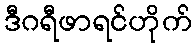
ဒီဂရီဖာရင်ဟိုက်